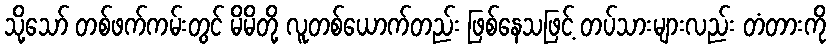
သို့သော် တစ်ဖက်ကမ်းတွင် မိမိတို့ လူတစ်ယောက်တည်း ဖြစ်နေသဖြင့် တပ်သားများလည်း တံတားကို